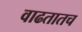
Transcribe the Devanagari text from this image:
वाढतातच